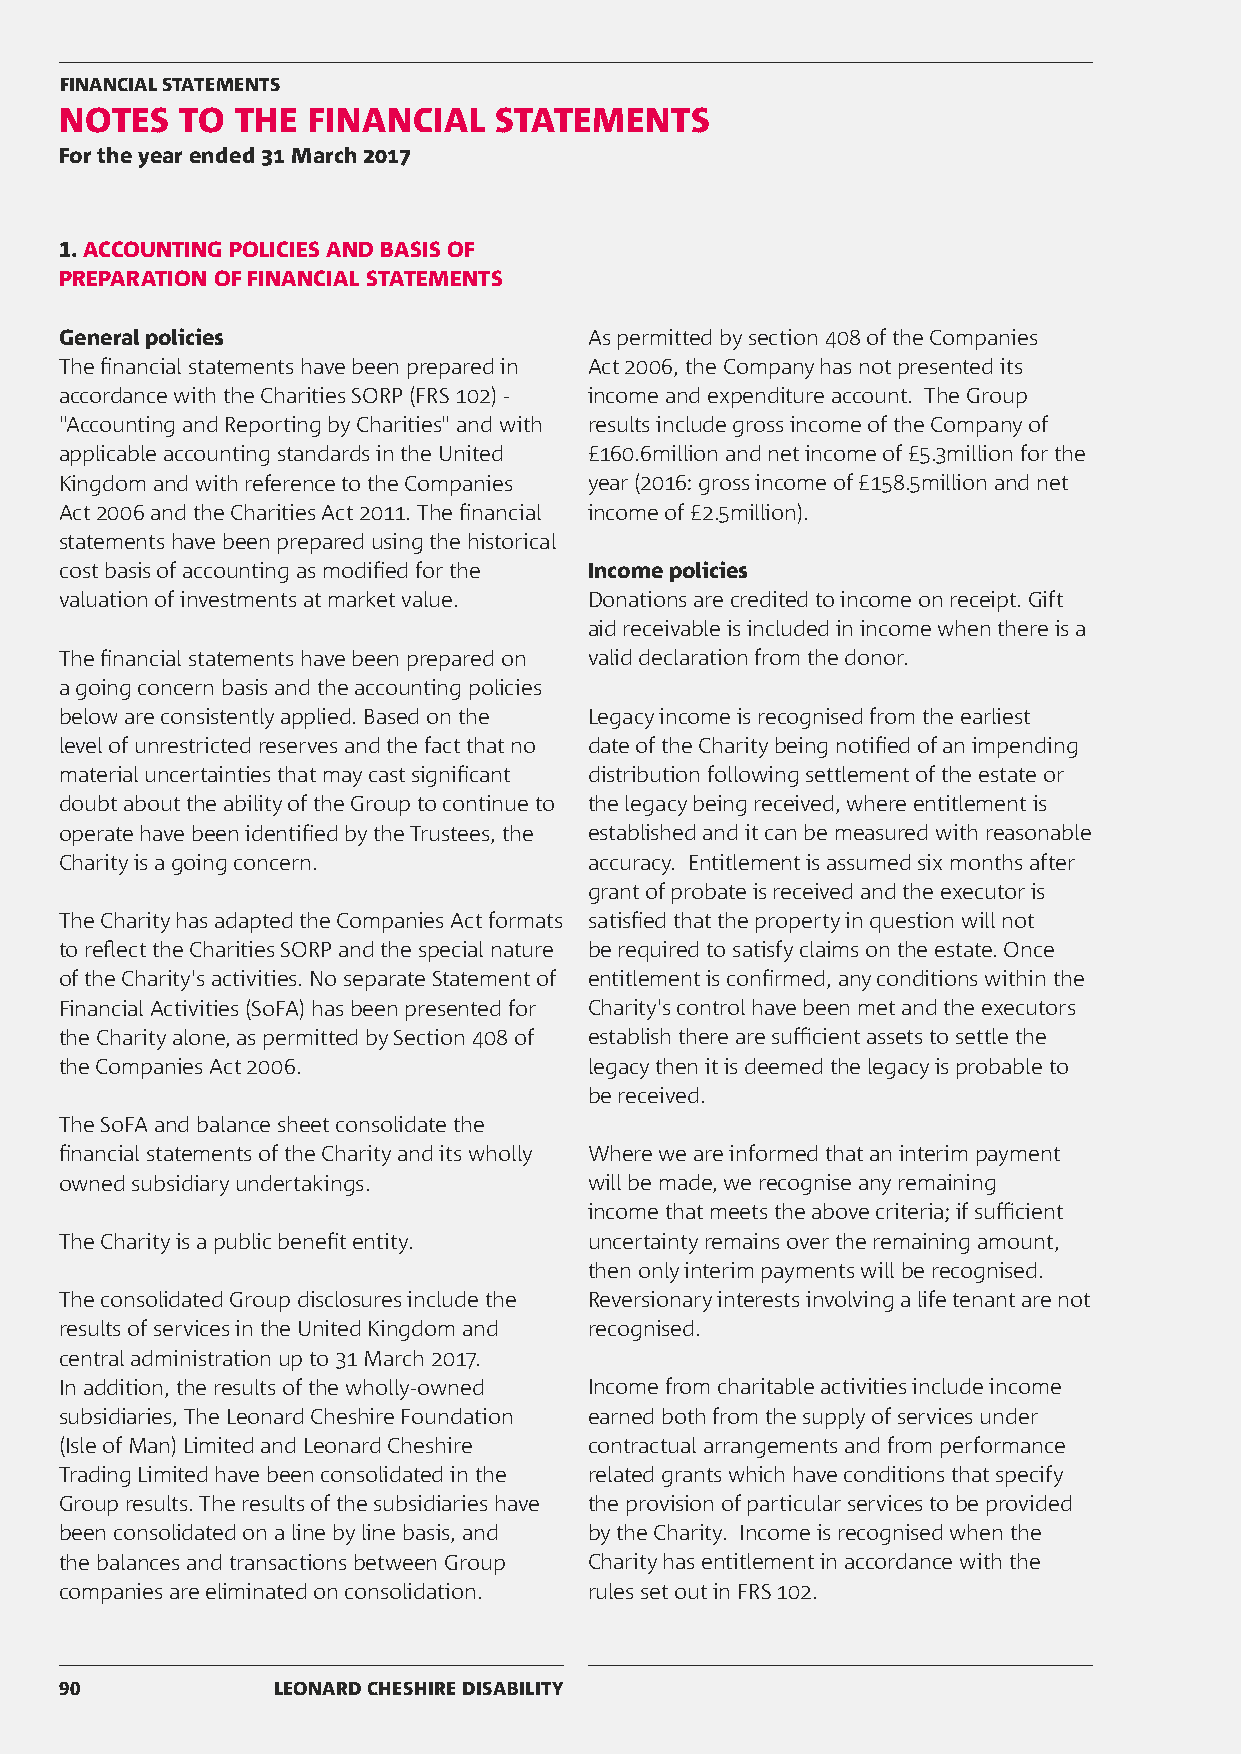
FINANCIAL STATEMENTS
 NOTES   TO  THE FINANCIAL    STATEMENTS
 For the year ended 31 March 2017
 1. ACCOUNTING POLICIES AND BASIS OF
 PREPARATION OF FINANCIAL STATEMENTS
 General policies                   As permitted by section 408 of the Companies
 The financial statements have been prepared in Act 2006, the Company has not presented its
 accordance with the Charities SORP (FRS 102) - income and expenditure account. The Group
 "Accounting and Reporting by Charities" and with results include gross income of the Company of
 applicable accounting standards in the United £160.6million and net income of £5.3million for the
 Kingdom and with reference to the Companies year (2016: gross income of £158.5million and net
 Act 2006 and the Charities Act 2011. The financial income of £2.5million).
 statements have been prepared using the historical
 cost basis of accounting as modified for the Income policies
 valuation of investments at market value. Donations are credited to income on receipt. Gift
 aid receivable is included in income when there is a
 The financial statements have been prepared on valid declaration from the donor.
 a going concern basis and the accounting policies
 below are consistently applied. Based on the Legacy income is recognised from the earliest
 level of unrestricted reserves and the fact that no date of the Charity being notified of an impending
 material uncertainties that may cast significant distribution following settlement of the estate or
 doubt about the ability of the Group to continue to the legacy being received, where entitlement is
 operate have been identified by the Trustees, the established and it can be measured with reasonable
 Charity is a going concern.        accuracy. Entitlement is assumed six months after
 grant of probate is received and the executor is
 The Charity has adapted the Companies Act formats satisfied that the property in question will not
 to reflect the Charities SORP and the special nature be required to satisfy claims on the estate. Once
 of the Charity's activities. No separate Statement of entitlement is confirmed, any conditions within the
 Financial Activities (SoFA) has been presented for Charity's control have been met and the executors
 the Charity alone, as permitted by Section 408 of establish there are sufficient assets to settle the
 the Companies Act 2006.            legacy then it is deemed the legacy is probable to
 be received.
 The SoFA and balance sheet consolidate the
 financial statements of the Charity and its wholly Where we are informed that an interim payment
 owned subsidiary undertakings.     will be made, we recognise any remaining
 income that meets the above criteria; if sufficient
 The Charity is a public benefit entity. uncertainty remains over the remaining amount,
 then only interim payments will be recognised.
 The consolidated Group disclosures include the Reversionary interests involving a life tenant are not
 results of services in the United Kingdom and recognised.
 central administration up to 31 March 2017.
 In addition, the results of the wholly-owned Income from charitable activities include income
 subsidiaries, The Leonard Cheshire Foundation earned both from the supply of services under
 (Isle of Man) Limited and Leonard Cheshire contractual arrangements and from performance
 Trading Limited have been consolidated in the related grants which have conditions that specify
 Group results. The results of the subsidiaries have the provision of particular services to be provided
 been consolidated on a line by line basis, and by the Charity. Income is recognised when the
 the balances and transactions between Group Charity has entitlement in accordance with the
 companies are eliminated on consolidation. rules set out in FRS 102.
 90            LEONARD CHESHIRE DISABILITY